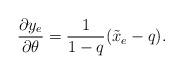
LaTeX: \begin{align*} \frac{\partial y_e}{\partial \theta} = \frac{1}{1-q} (\tilde x_e-q). \end{align*}